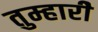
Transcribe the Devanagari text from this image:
तुम्हारीे